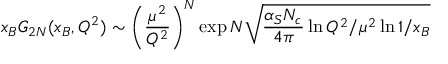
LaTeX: x _ { B } G _ { 2 N } ( x _ { B } , Q ^ { 2 } ) \sim \left( \frac { \mu ^ { 2 } } { Q ^ { 2 } } \right) ^ { N } \exp N \sqrt { \frac { \alpha _ { S } N _ { c } } { 4 \pi } \ln Q ^ { 2 } / \mu ^ { 2 } \ln 1 / x _ { B } }